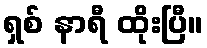
ရှစ် နာရီ ထိုးပြီ။